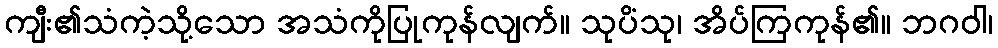
ကျီး၏သံကဲ့သို့သော အသံကိုပြုကုန်လျက်။ သုပိံသု၊ အိပ်ကြကုန်၏။ ဘဂဝါ၊